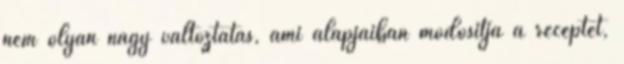
nem olyan nagy változtatás, ami alapjaiban módosítja a receptet,